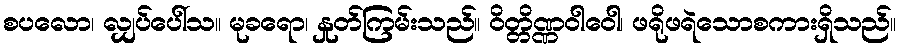
စပလော၊ လျှပ်ပေါ်သ။ မုခရော၊ နှုတ်ကြမ်းသည်။ ဝိတ္တိဏ္ဏဝါဝေါ၊ ဖရိုဖရဲသောစကားရှိသည်။